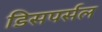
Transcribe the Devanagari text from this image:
डिसपर्सल